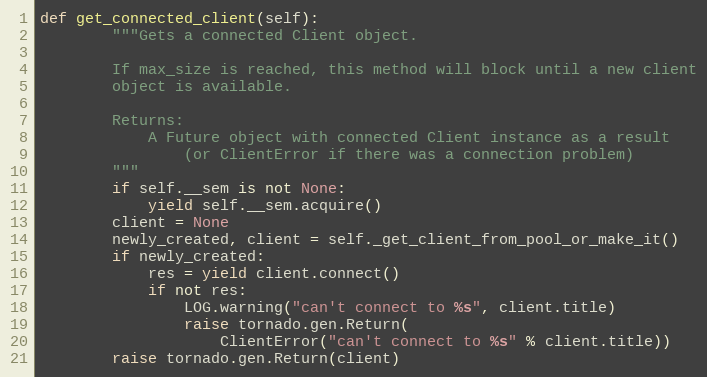
Language: Python
def get_connected_client(self):
        """Gets a connected Client object.

        If max_size is reached, this method will block until a new client
        object is available.

        Returns:
            A Future object with connected Client instance as a result
                (or ClientError if there was a connection problem)
        """
        if self.__sem is not None:
            yield self.__sem.acquire()
        client = None
        newly_created, client = self._get_client_from_pool_or_make_it()
        if newly_created:
            res = yield client.connect()
            if not res:
                LOG.warning("can't connect to %s", client.title)
                raise tornado.gen.Return(
                    ClientError("can't connect to %s" % client.title))
        raise tornado.gen.Return(client)